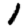
Digit: 1